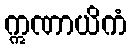
ဣဏာယိကံ